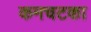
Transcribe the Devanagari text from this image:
कमचटका